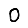
Digit: 0